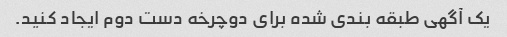
یک آگهی طبقه بندی شده برای دوچرخه دست دوم ایجاد کنید.